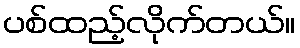
ပစ်ထည့်လိုက်တယ်။